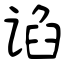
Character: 谄